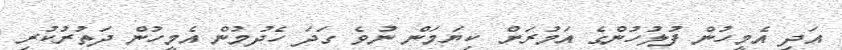
އަދި އެމީހުން ފުލުހުންގެ އަމުރަށް ކިޔަމަން ނުވެ ގަދަ ހެދުމުން އެމީހުން ދަތުރުކުރި